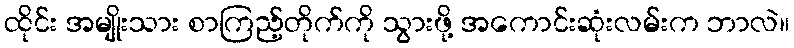
ထိုင်း အမျိုးသား စာကြည့်တိုက်ကို သွားဖို့ အကောင်းဆုံးလမ်းက ဘာလဲ။